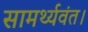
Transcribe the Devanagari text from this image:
सामर्थ्यवंत।